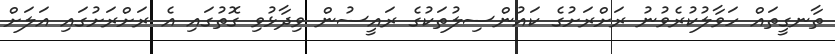
ތާނގީތައް ހަވާލުކުރެވުނު ރަށްރަށުގެ ކައުންސިލުތަކުގެ ރައީސުން ވިދާޅުވި ގޮތުގައި އެ ރަށްރަށުގައި އަލަށް